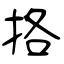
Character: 挌